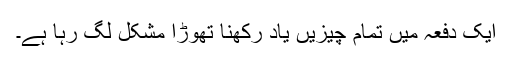
ایک دفعہ میں تمام چیزیں یاد رکھنا تھوڑا مشکل لگ رہا ہے۔